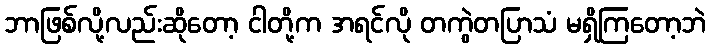
ဘာဖြစ်လို့လည်းဆိုတော့ ငါတို့က အရင်လို တကွဲတပြာသံ မရှိကြတော့ဘဲ